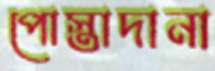
পোস্তাদানা